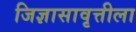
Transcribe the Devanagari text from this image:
जिज्ञासावृत्तीला